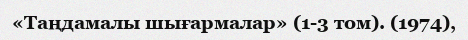
«Таңдамалы шығармалар» (1-3 том). (1974),